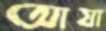
আযা